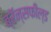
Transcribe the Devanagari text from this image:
ब्रॅन्सफील्ड